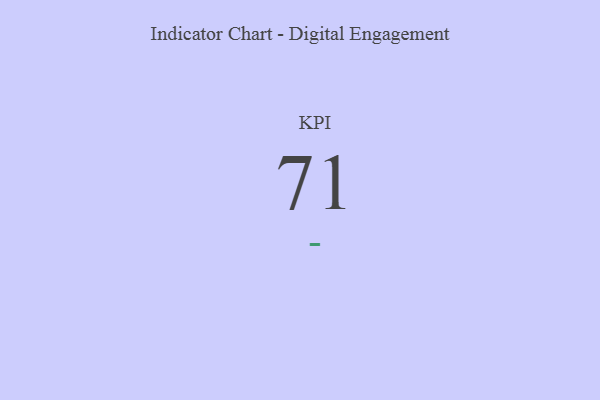
{"axis": {"x": "KPI", "y": "Value"}, "legend": [""], "data": [{"x": "KPI", "y": 71, "type": ""}]}